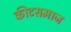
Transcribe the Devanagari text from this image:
कीटसमाज